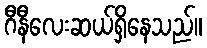
ဂီနီလေးဆယ်ရှိနေသည်။